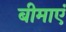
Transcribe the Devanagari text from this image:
बीमाएं